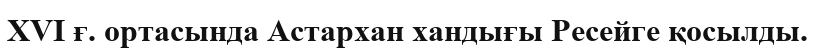
XVI ғ. ортасында Астархан хандығы Ресейге қосылды.